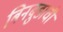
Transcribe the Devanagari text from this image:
बिनबुडाची